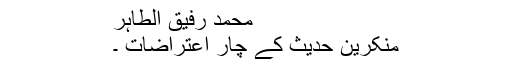
محمد رفیق الطاہر
منکرین حدیث کے چار اعتراضات ۔